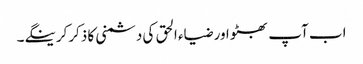
اب آپ بھٹو اور ضیاء الحق کی دشمنی کا ذکرکرینگے۔